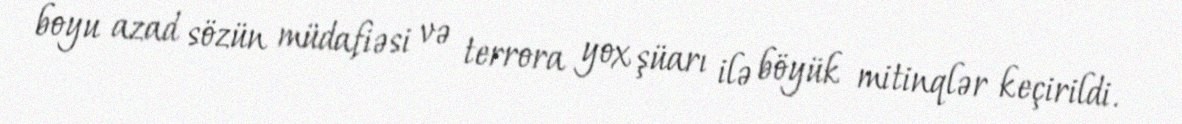
boyu azad sözün müdafiəsi və terrora yox şüarı ilə böyük mitinqlər keçirildi.